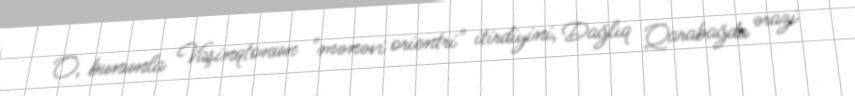
O, bununla Vaşinqtonun "mənəvi orientri" itirdiyini, Dağlıq Qarabağda ərazi